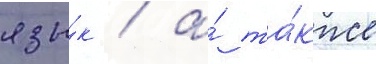
язы́к / а́ та́кже